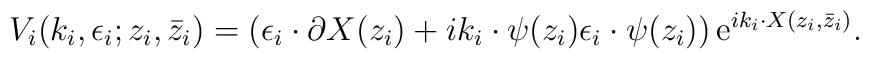
V_i(k_i,\epsilon_i;z_i,\bar z_i) = ( \epsilon_i \cdot\partial X(z_i) + i k_i \cdot \psi(z_i) \epsilon_i\cdot\psi(z_i) ) \,{\rm e}^{ i k_i\cdot X(z_i,\bar z_i) } .